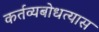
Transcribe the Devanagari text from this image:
कर्तव्यबोधत्यास